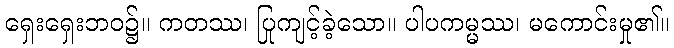
ရှေးရှေးဘဝ၌။ ကတဿ၊ ပြုကျင့်ခဲ့သော။ ပါပကမ္မဿ၊ မကောင်းမှု၏။